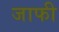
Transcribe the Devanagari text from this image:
जाफी